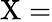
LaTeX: \mathrm{X=}